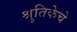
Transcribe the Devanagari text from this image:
श्रुतिकेचे